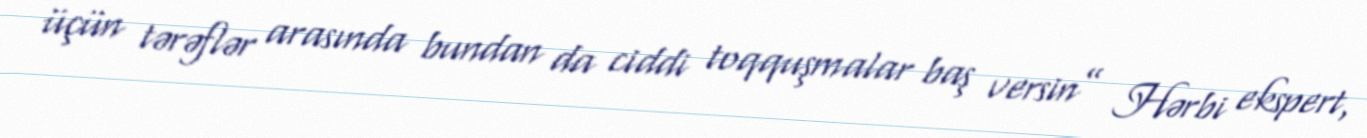
üçün tərəflər arasında bundan da ciddi toqquşmalar baş versin” Hərbi ekspert,